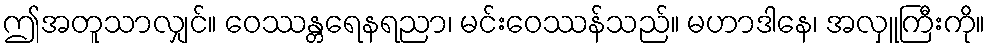
ဤအတူသာလျှင်။ ဝေဿန္တရေနရညာ၊ မင်းဝေဿန်သည်။ မဟာဒါနေ၊ အလှူကြီးကို။